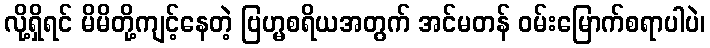
လို့ရှိရင် မိမိတို့ကျင့်နေတဲ့ ဗြဟ္မစရိယအတွက် အင်မတန် ဝမ်းမြောက်စရာပါပဲ၊